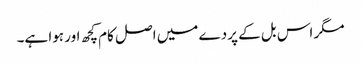
مگر اس بل کے پردے میں اصل کام کچھ اور ہوا ہے۔